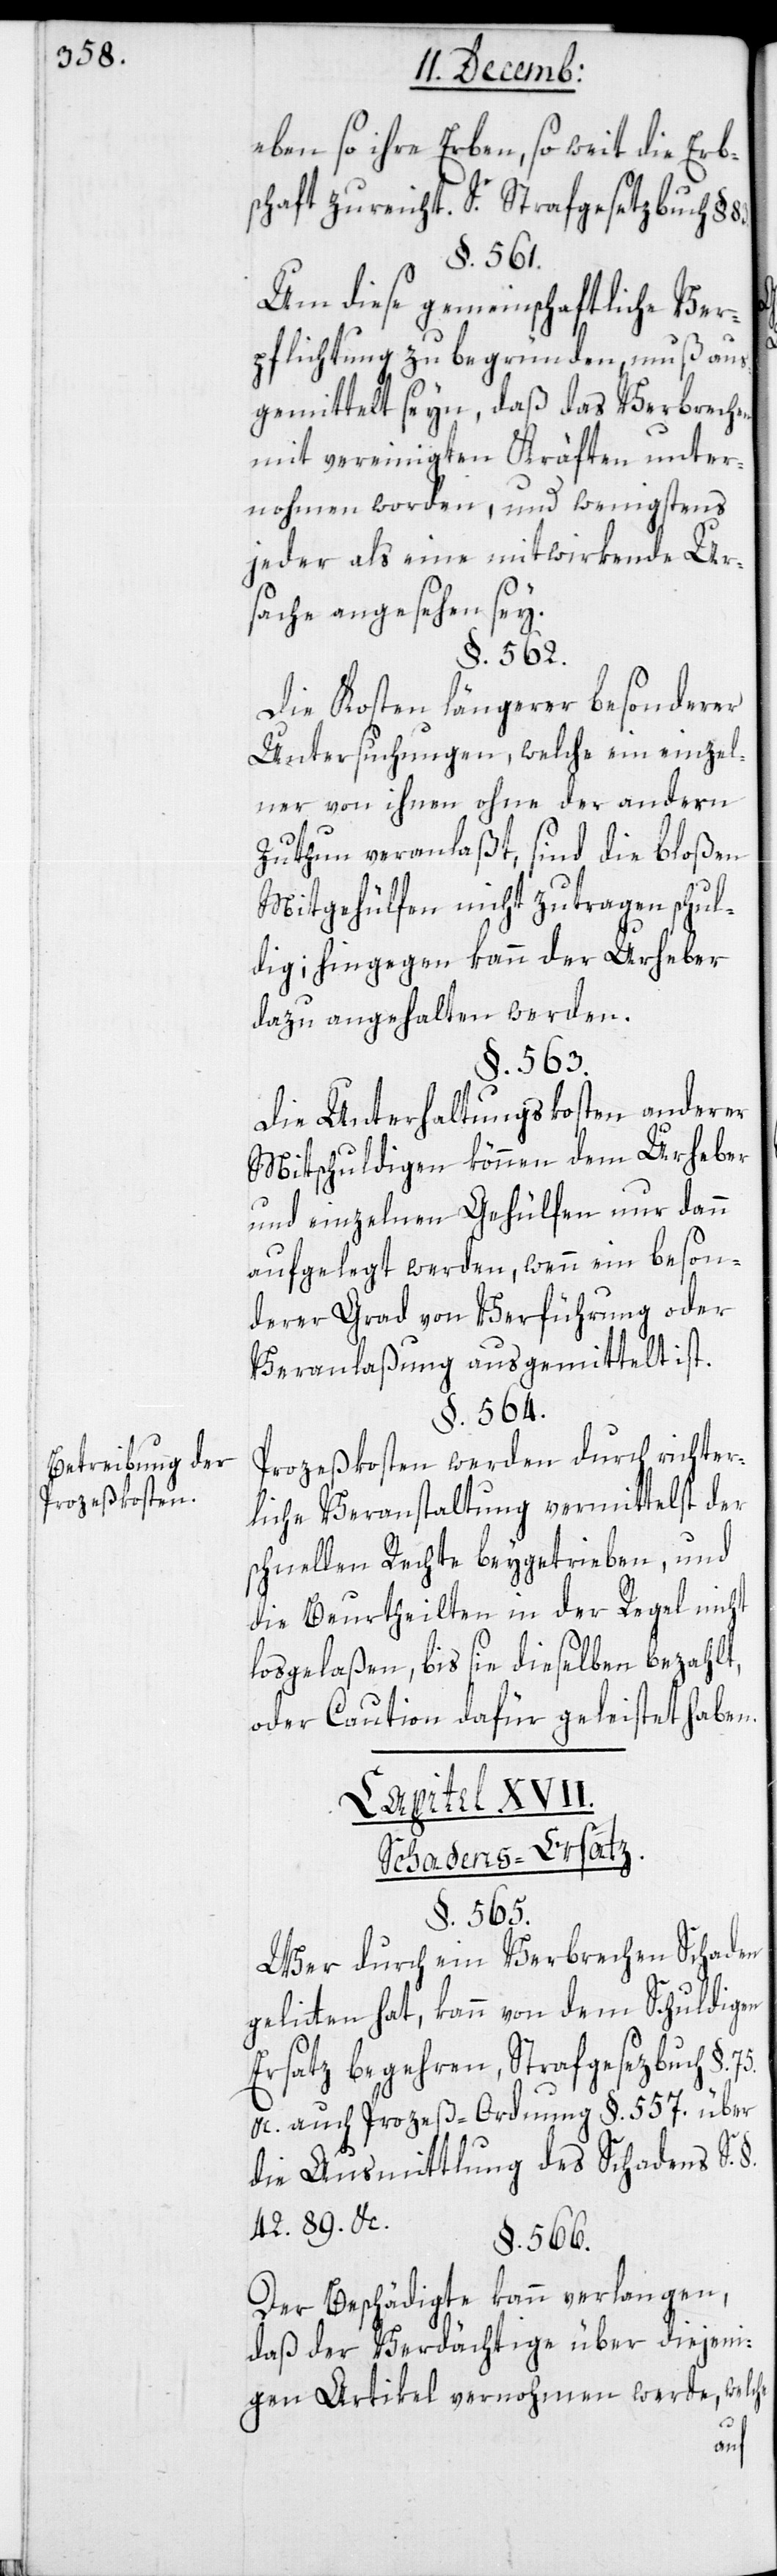
Betreibung der
Prozeßkosten.

ebenso ihre Erben, so weit die Erb¬
schaft zureicht. S. Strafgesetzbuch §.
§. 561.
Um diese gemeinschaftliche Ver¬
pflichtung zu begründen, muß aus¬
gemittelt seyn, daß das Verbrechen
mit vereinigten Kräften unter¬
nohmen worden, und wenigstens
jeder als eine mitwirkende Ur¬
sache angesehen sey.
§. 562.
Die Kosten längerer besonderer
Untersuchungen, welche ein einzel¬
ner von ihnen ohne der andern
Zuthun veranlaßt, sind die bloßen
Mitgehülfen nicht zu tragen schul¬
dig; hingegen kann der Urheber
dazu angehalten werden.
§. 563.
Die Unterhaltungskosten anderer
Mitschuldigen können dem Urheber
und einzelnen Gehülfen nur dann
aufgelegt werden, wenn ein beson¬
derer Grad von Verführung oder
Veranlaßung ausgemittelt ist.
§. 564.
Prozeßkosten werden durch richter¬
liche Veranstaltung vermittelst der
schnellen Rechte beygetrieben, und
die Beurtheilten in der Regel nicht
losgelaßen, bis sie dieselben bezahlt,
oder Caution dafür geleistet haben.
Capitel XVII.
Schadens-Ersatz.
§. 565.
Wer durch ein Verbrechen Schaden
gelitten hat, kann von dem Schuldigen
Ersatz begehren, Strafgesetzbuch §.
&c., auch Prozeß-Ordnung §. 557. über
die Ausmittlung des Schadens S. §.
42. 89. &c.
§. 566.
Der Beschädigte kann verlangen,
daß der Verdächtige über diejeni¬
gen Artikel vernommen werde, welche